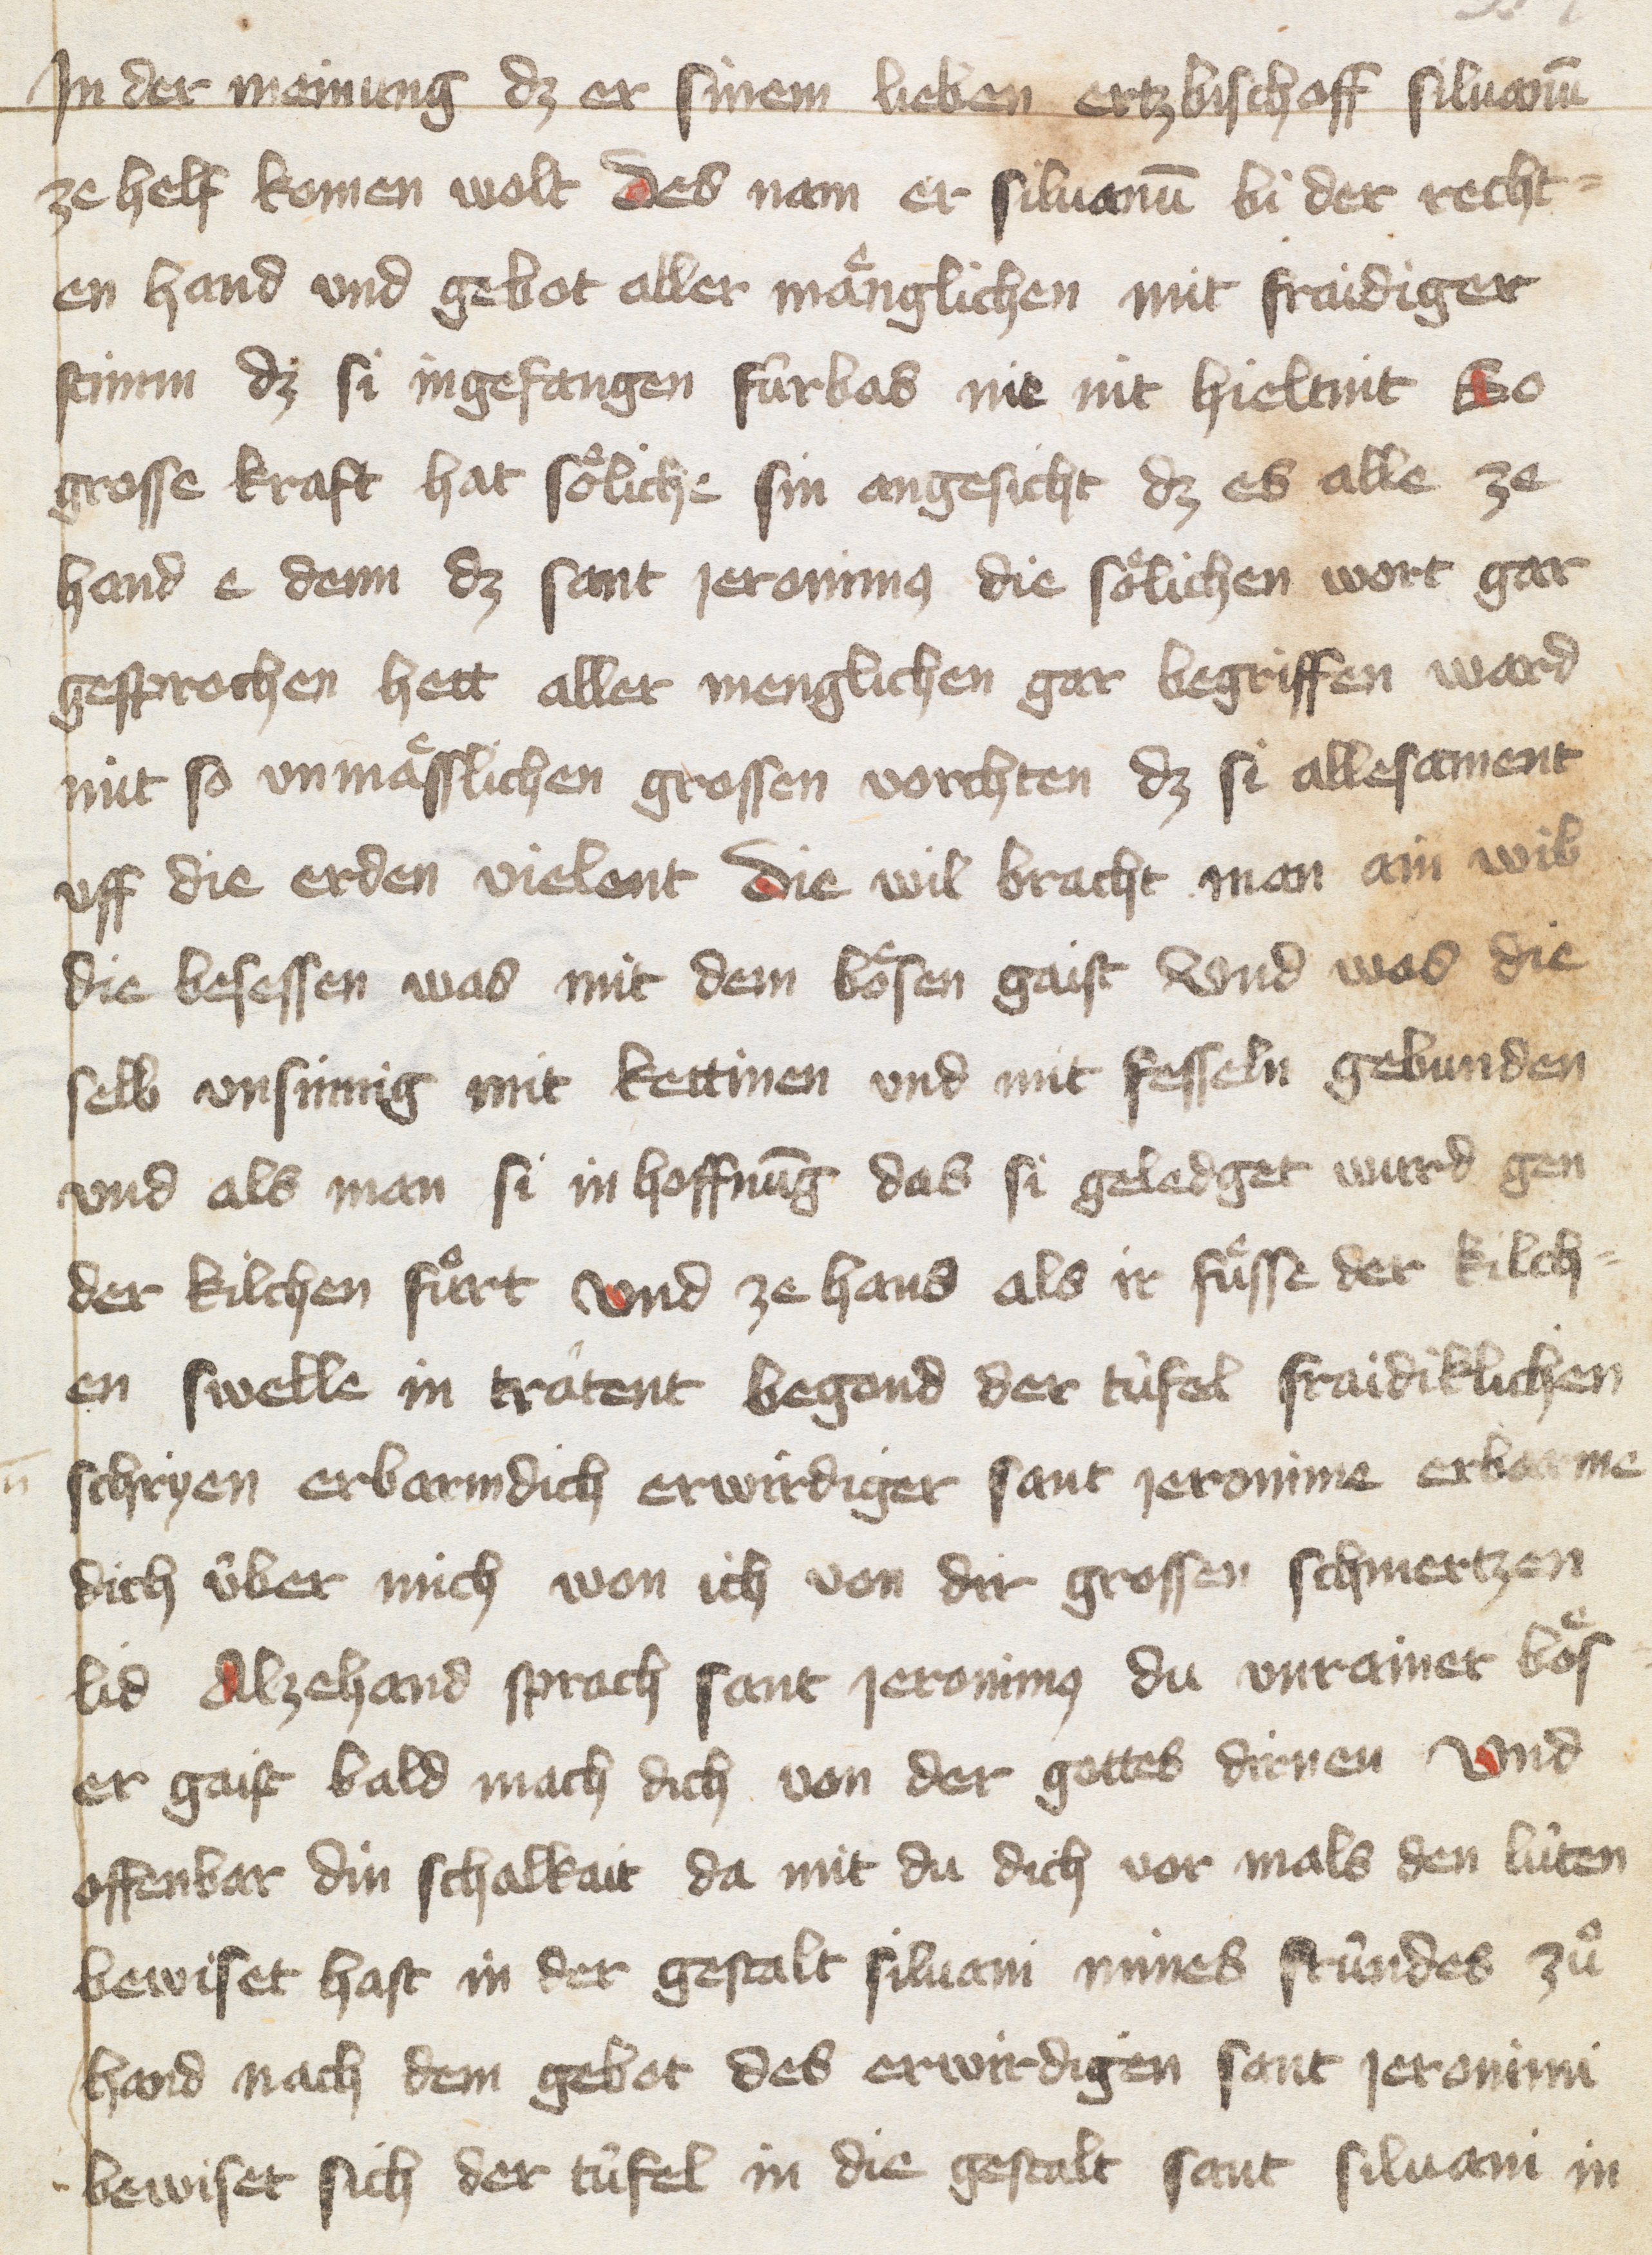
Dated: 1400–1499